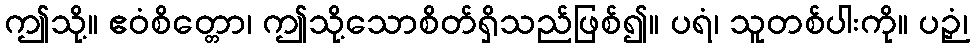
ဤသို့။ ဧဝံစိတ္တော၊ ဤသို့သောစိတ်ရှိသည်ဖြစ်၍။ ပရံ၊ သူတစ်ပါးကို။ ပဉှံ၊